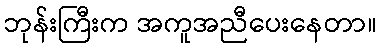
ဘုန်းကြီးက အကူအညီပေးနေတာ။